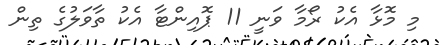
މި މޮޅާ އެކު ރޯމާ ވަނީ 11 ޕޮއިންޓާ އެކު ތާވަލުގެ ތިން